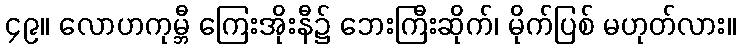
၄၉။ လောဟကုမ္ဘီ ကြေးအိုးနီ၌ ဘေးကြီးဆိုက်၊ မိုက်ပြစ် မဟုတ်လား။